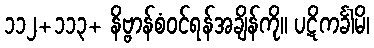
၁၁၂+၁၁၃+ နိဗ္ဗာန်စံဝင်ရန်အချိန်ကို။ ပဋိကင်္ခါမိ၊